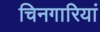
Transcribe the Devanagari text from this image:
चिनगारियां